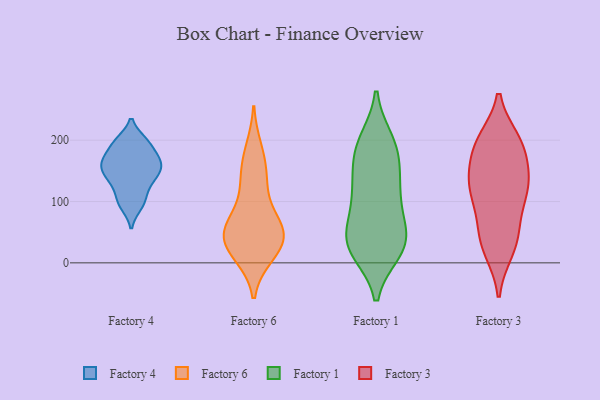
{"axis": {"x": "Churn Rate (%)", "y": "Value"}, "legend": ["Factory 1", "Factory 3", "Factory 4", "Factory 6"], "data": [{"x": "", "y": 136, "type": "Factory 4"}, {"x": "", "y": 93, "type": "Factory 4"}, {"x": "", "y": 196, "type": "Factory 4"}, {"x": "", "y": 172, "type": "Factory 4"}, {"x": "", "y": 156, "type": "Factory 4"}, {"x": "", "y": 198, "type": "Factory 4"}, {"x": "", "y": 107, "type": "Factory 4"}, {"x": "", "y": 156, "type": "Factory 4"}, {"x": "", "y": 168, "type": "Factory 4"}, {"x": "", "y": 135, "type": "Factory 4"}, {"x": "", "y": 55, "type": "Factory 6"}, {"x": "", "y": 71, "type": "Factory 6"}, {"x": "", "y": 38, "type": "Factory 6"}, {"x": "", "y": 48, "type": "Factory 6"}, {"x": "", "y": 14, "type": "Factory 6"}, {"x": "", "y": 58, "type": "Factory 6"}, {"x": "", "y": 123, "type": "Factory 6"}, {"x": "", "y": 184, "type": "Factory 6"}, {"x": "", "y": 19, "type": "Factory 6"}, {"x": "", "y": 50, "type": "Factory 6"}, {"x": "", "y": 132, "type": "Factory 6"}, {"x": "", "y": 163, "type": "Factory 6"}, {"x": "", "y": 25, "type": "Factory 6"}, {"x": "", "y": 28, "type": "Factory 1"}, {"x": "", "y": 198, "type": "Factory 1"}, {"x": "", "y": 20, "type": "Factory 1"}, {"x": "", "y": 149, "type": "Factory 1"}, {"x": "", "y": 117, "type": "Factory 1"}, {"x": "", "y": 195, "type": "Factory 1"}, {"x": "", "y": 91, "type": "Factory 1"}, {"x": "", "y": 102, "type": "Factory 1"}, {"x": "", "y": 40, "type": "Factory 1"}, {"x": "", "y": 176, "type": "Factory 1"}, {"x": "", "y": 42, "type": "Factory 1"}, {"x": "", "y": 28, "type": "Factory 1"}, {"x": "", "y": 127, "type": "Factory 1"}, {"x": "", "y": 52, "type": "Factory 1"}, {"x": "", "y": 23, "type": "Factory 1"}, {"x": "", "y": 184, "type": "Factory 1"}, {"x": "", "y": 20, "type": "Factory 3"}, {"x": "", "y": 200, "type": "Factory 3"}, {"x": "", "y": 112, "type": "Factory 3"}, {"x": "", "y": 47, "type": "Factory 3"}, {"x": "", "y": 44, "type": "Factory 3"}, {"x": "", "y": 148, "type": "Factory 3"}, {"x": "", "y": 196, "type": "Factory 3"}, {"x": "", "y": 21, "type": "Factory 3"}, {"x": "", "y": 126, "type": "Factory 3"}, {"x": "", "y": 193, "type": "Factory 3"}, {"x": "", "y": 100, "type": "Factory 3"}, {"x": "", "y": 179, "type": "Factory 3"}, {"x": "", "y": 199, "type": "Factory 3"}, {"x": "", "y": 135, "type": "Factory 3"}, {"x": "", "y": 120, "type": "Factory 3"}, {"x": "", "y": 137, "type": "Factory 3"}, {"x": "", "y": 67, "type": "Factory 3"}]}